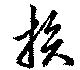
損